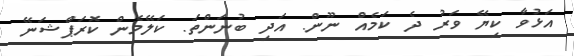
އަޅުވާ ކިޔޭ ވަރު ދެ ކަމެއް ނޫން. އަދި ބުނަންތަ. ކަލޭމެން ކޮރަޕްޝަނޭ